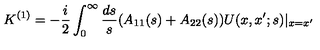
K ^ { ( 1 ) } = - \frac { i } { 2 } \int _ { 0 } ^ { \infty } \frac { d s } { s } ( A _ { 1 1 } ( s ) + A _ { 2 2 } ( s ) ) U ( x , x ^ { \prime } ; s ) | _ { x = x ^ { \prime } }